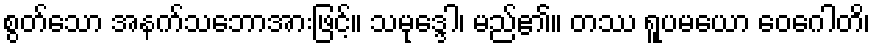
စွတ်သော အနက်သဘောအားဖြင့်။ သမုဒ္ဒေါ၊ မည်၏။ တဿ ရူပမယော ဝေဂေါတိ၊